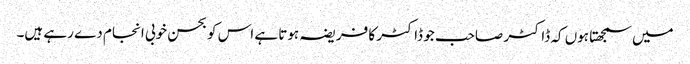
میں سمجھتا ہوں کہ ڈاکٹر صاحب جو ڈاکٹر کا فریضہ ہوتا ہے اس کو بحسن خوبی انجام دے رہے ہیں۔